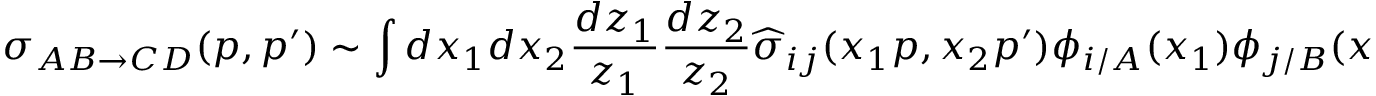
\sigma _ { A B \rightarrow C D } ( p , p ^ { \prime } ) \sim \int d x _ { 1 } d x _ { 2 } \frac { d z _ { 1 } } { z _ { 1 } } \frac { d z _ { 2 } } { z _ { 2 } } \widehat { \sigma } _ { i j } ( x _ { 1 } p , x _ { 2 } p ^ { \prime } ) \phi _ { i / A } ( x _ { 1 } ) \phi _ { j / B } ( x _ { 2 } ) D _ { k } ^ { C } ( z _ { 1 } ) D _ { l } ^ { D } ( z _ { 2 } ) \, \, .